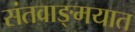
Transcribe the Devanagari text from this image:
संतवाङ्मयात